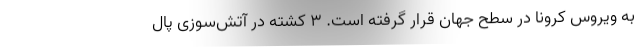
به ویروس کرونا در سطح جهان قرار گرفته است. 3 کشته در آتش‌سوزی پال